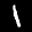
Label: 1